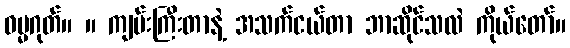
ဓမ္မဂုတ်။ ။ ကျမ်းကြီးတာနဲ့ အသက်ငယ်တာ ဘာဆိုင်သလဲ ကိုယ်တော်။